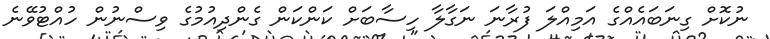
ނުކޮށް ގިނަބައެއްގެ އަމިއްލަ ފުރާނަ ނަގާލާ ހިސާބަށް ކަންކަން ގެންދިއުމުގެ ވިސްނުން ހުއްޓުވޭނެ